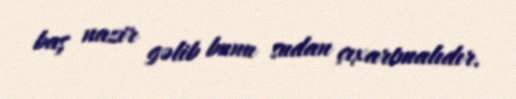
baş nazir gəlib bunu sudan çıxartmalıdır.